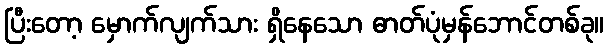
ပြီးတော့ မှောက်လျက်သား ရှိနေသော ဓာတ်ပုံမှန်ဘောင်တစ်ခု။